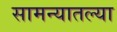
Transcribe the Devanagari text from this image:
सामन्यातल्या